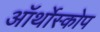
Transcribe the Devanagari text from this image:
ऑर्थोस्कोप